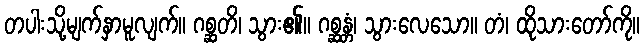
တပါးသို့မျက်နှာမူလျက်။ ဂစ္ဆတိ၊ သွား၏။ ဂစ္ဆန္တံ၊ သွားလေသော။ တံ၊ ထိုသားတော်ကို။